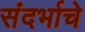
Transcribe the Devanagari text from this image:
संदर्भाचे